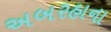
અબરહાના